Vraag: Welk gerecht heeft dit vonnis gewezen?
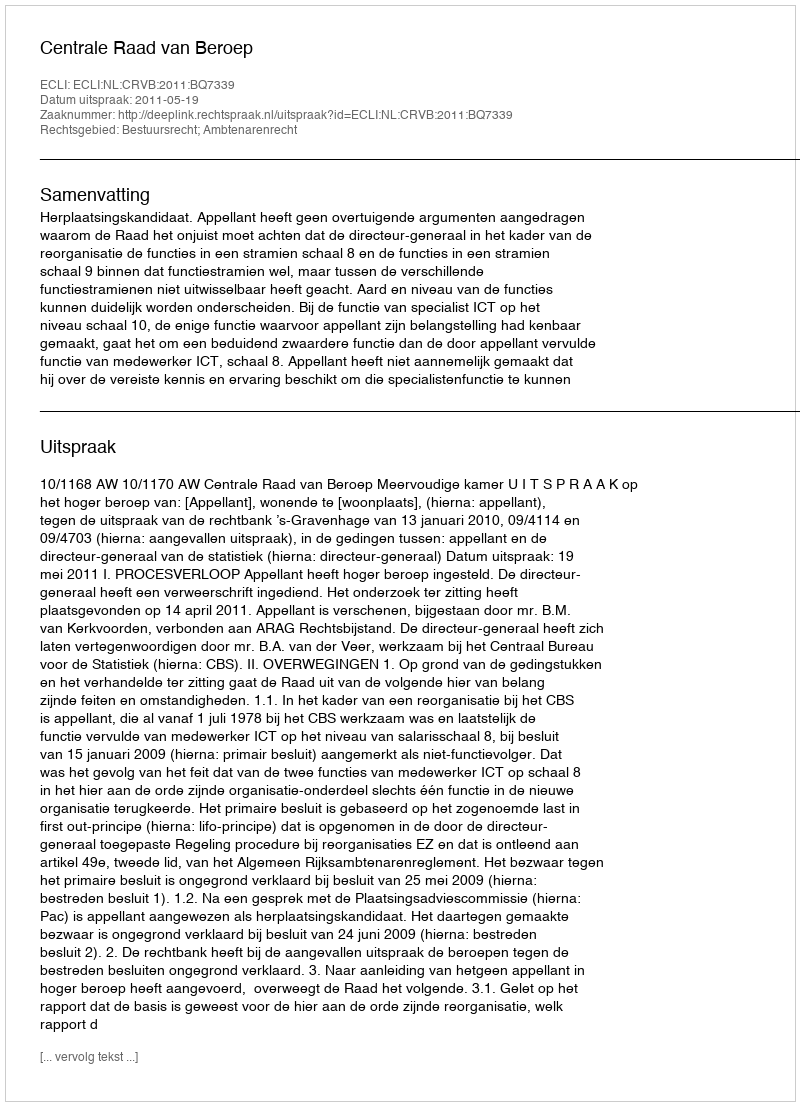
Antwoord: Centrale Raad van Beroep